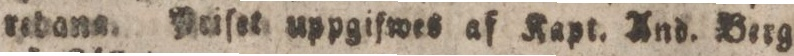
redana. Peiſet uppgifwes af Kapt. And. Berg